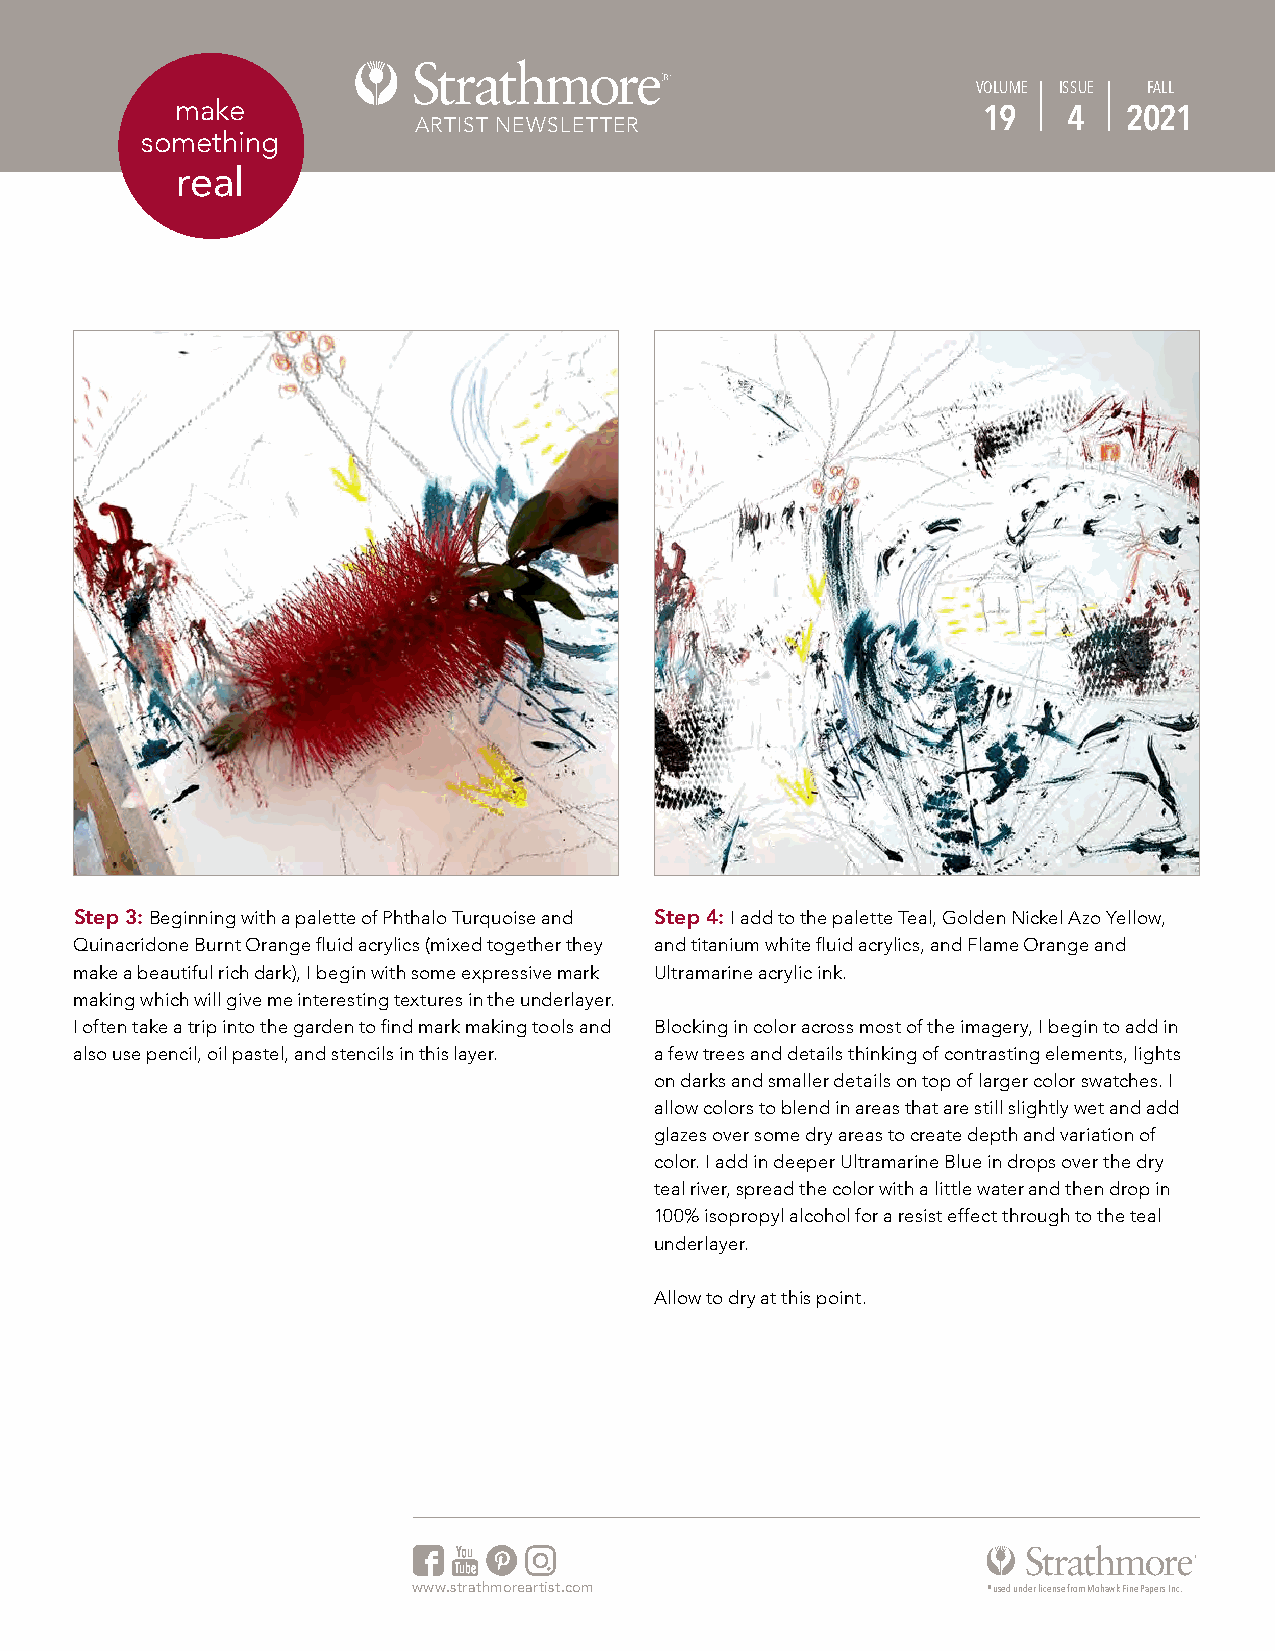
VOLUME ISSUE FALL
 make
 ARTIST NEWSLETTER                     19    4   2021
 something
 real
 Step 3: Beginning with a palette of Phthalo Turquoise and Step 4: I add to the palette Teal, Golden Nickel Azo Yellow,
 Quinacridone Burnt Orange fluid acrylics (mixed together they and titanium white fluid acrylics, and Flame Orange and
 make a beautiful rich dark), I begin with some expressive mark Ultramarine acrylic ink.
 making which will give me interesting textures in the underlayer.
 I often take a trip into the garden to find mark making tools and Blocking in color across most of the imagery, I begin to add in
 also use pencil, oil pastel, and stencils in this layer. a few trees and details thinking of contrasting elements, lights
 on darks and smaller details on top of larger color swatches. I
 allow colors to blend in areas that are still slightly wet and add
 glazes over some dry areas to create depth and variation of
 color. I add in deeper Ultramarine Blue in drops over the dry
 teal river, spread the color with a little water and then drop in
 100% isopropyl alcohol for a resist effect through to the teal
 underlayer.
 Allow to dry at this point.
 www.strathmoreartist.com              ® used under license from Mohawk Fine Papers Inc.